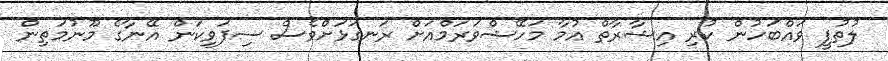
ލުތުފީ ވައްބަހުން ކުރި އިޝާރާތް އުމާ މަހޭޝްވަރަމްއަށް ރަނގަޅަށްވެސް ސިފަވިކަން އޭނާގެ މޫނުމަތިން